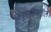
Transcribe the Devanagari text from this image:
अनुयायीयांतील